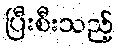
ပြီးစီးသည့်